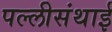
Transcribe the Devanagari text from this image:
पल्‍लीसंथाई